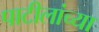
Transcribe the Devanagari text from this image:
पाटीलांच्या